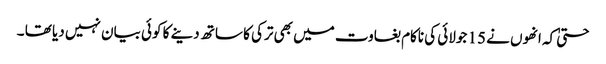
حتیٰ کہ انھوں نے 15 جولائی کی ناکام بغاوت میں بھی ترکی کا ساتھ دینے کا کوئی بیان نہیں دیا تھا ۔